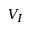
V _ { I }